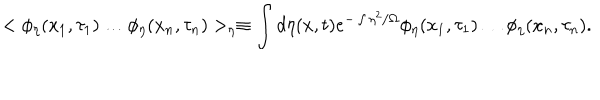
< \phi _ { \eta } ( x _ { 1 } , \tau _ { 1 } ) \ldots \phi _ { \eta } ( x _ { n } , \tau _ { n } ) > _ { \eta } \equiv \int d \eta ( x , t ) e ^ { - \int \eta ^ { 2 } / \Omega } \phi _ { \eta } ( x _ { 1 } , \tau _ { 1 } ) \ldots \phi _ { \eta } ( x _ { n } , \tau _ { n } ) .